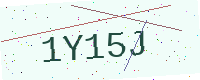
Text: 1Y15J